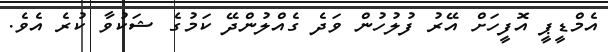
އެމްޑީޕީ އޮފީހަށް އޭރު ފުލުހުން ވަދެ ގެއްލުންދޭ ކަމުގެ ޝަކުވާ ކުރެ އެވެ.